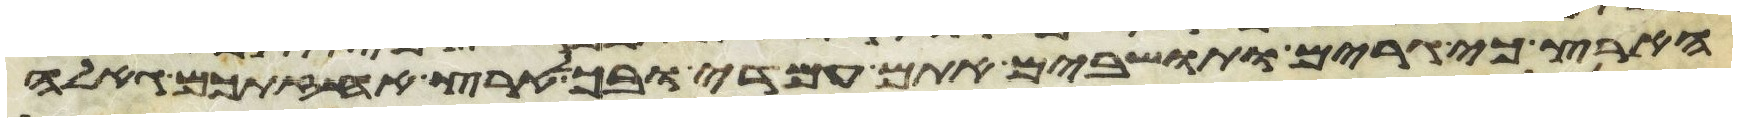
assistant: הארץ כי גרים ותושבים אתם עמדי ובכל ארץ אחזתכם גאלה